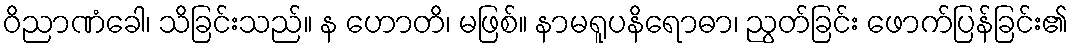
ဝိညာဏံခေါ၊ သိခြင်းသည်။ န ဟောတိ၊ မဖြစ်။ နာမရူပနိရောဓာ၊ ညွတ်ခြင်း ဖောက်ပြန်ခြင်း၏